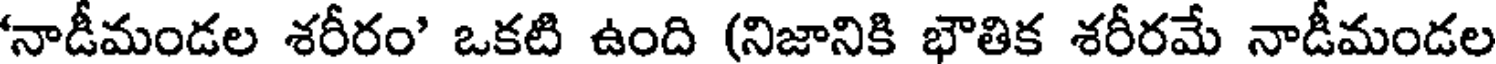
నాడీమండల శరీరం' ఒకటి ఉంది (నిజానికి భౌతిక శరీరమే నాడీమండల